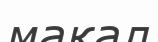
мақал